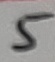
Text: 5